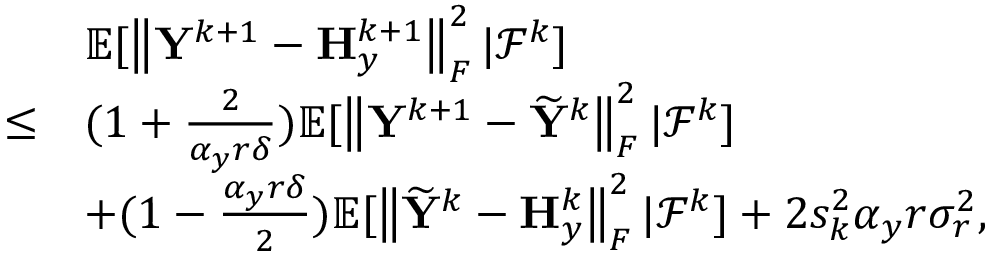
\begin{array} { r l } & { { \mathbb { E } } [ \left\| { \mathbf { Y } } ^ { k + 1 } - { \mathbf { H } } _ { y } ^ { k + 1 } \right\| _ { F } ^ { 2 } \vert { \mathcal { F } } ^ { k } ] } \\ { \leq } & { ( 1 + \frac { 2 } { \alpha _ { y } r \delta } ) { \mathbb { E } } [ \left\| { \mathbf { Y } } ^ { k + 1 } - \widetilde { { \mathbf { Y } } } ^ { k } \right\| _ { F } ^ { 2 } \vert { \mathcal { F } } ^ { k } ] } \\ & { + ( 1 - \frac { \alpha _ { y } r \delta } { 2 } ) { \mathbb { E } } [ \left\| \widetilde { { \mathbf { Y } } } ^ { k } - { \mathbf { H } } _ { y } ^ { k } \right\| _ { F } ^ { 2 } \vert { \mathcal { F } } ^ { k } ] + 2 s _ { k } ^ { 2 } \alpha _ { y } r \sigma _ { r } ^ { 2 } , } \end{array}